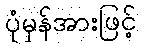
ပုံမှန်အားဖြင့်